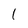
Character: 1